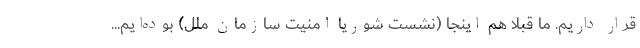
قرار داریم. ما قبلا هم اینجا (نشست شوریا امنیت سازمان ملل) بوده‌ایم...